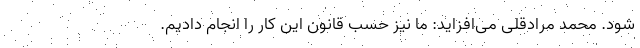
شود. محمد مرادقلی می‌افزاید: ما نیز حسب قانون این کار را انجام دادیم.